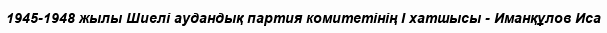
1945-1948 жылы Шиелі аудандық партия комитетінің І хатшысы - Иманқұлов Иса